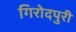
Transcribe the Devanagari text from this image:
गिरोदपुरी